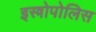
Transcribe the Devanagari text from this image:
इस्त्रोपोलिस